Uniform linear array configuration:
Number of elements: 16
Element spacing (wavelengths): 0.25
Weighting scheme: uniform
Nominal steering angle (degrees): -30
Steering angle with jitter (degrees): -28.384
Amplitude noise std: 0.05
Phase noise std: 0.05

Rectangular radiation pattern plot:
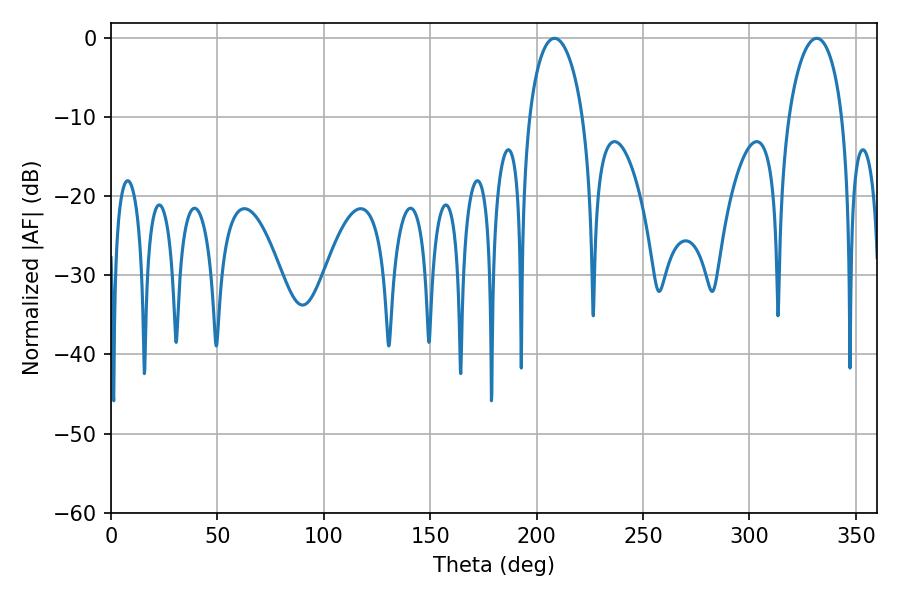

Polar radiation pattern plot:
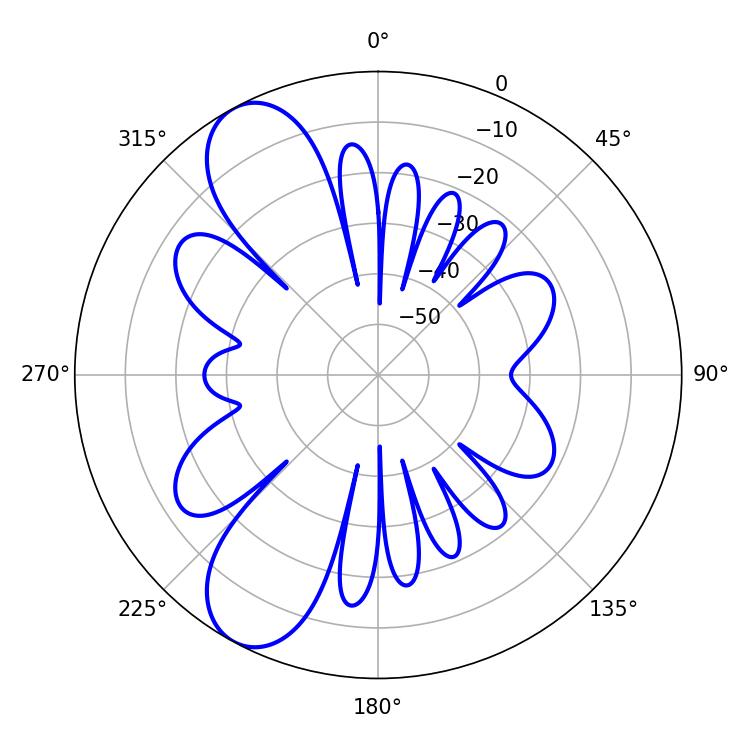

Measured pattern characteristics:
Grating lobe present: FALSE
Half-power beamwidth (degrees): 14.4
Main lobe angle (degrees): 208.44